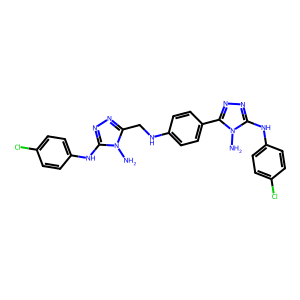
SMILES: Nn1c(CNc2ccc(-c3nnc(Nc4ccc(Cl)cc4)n3N)cc2)nnc1Nc1ccc(Cl)cc1
Inhibits HIV replication: No